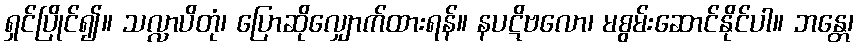
ရှင်ပြိုင်၍။ သလ္လာပိတုံ၊ ပြောဆိုလျှောက်ထားရန်။ နပဋိဗလော၊ မစွမ်းဆောင်နိုင်ပါ။ ဘန္တေ၊